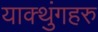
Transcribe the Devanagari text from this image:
याक्थुंगहरु